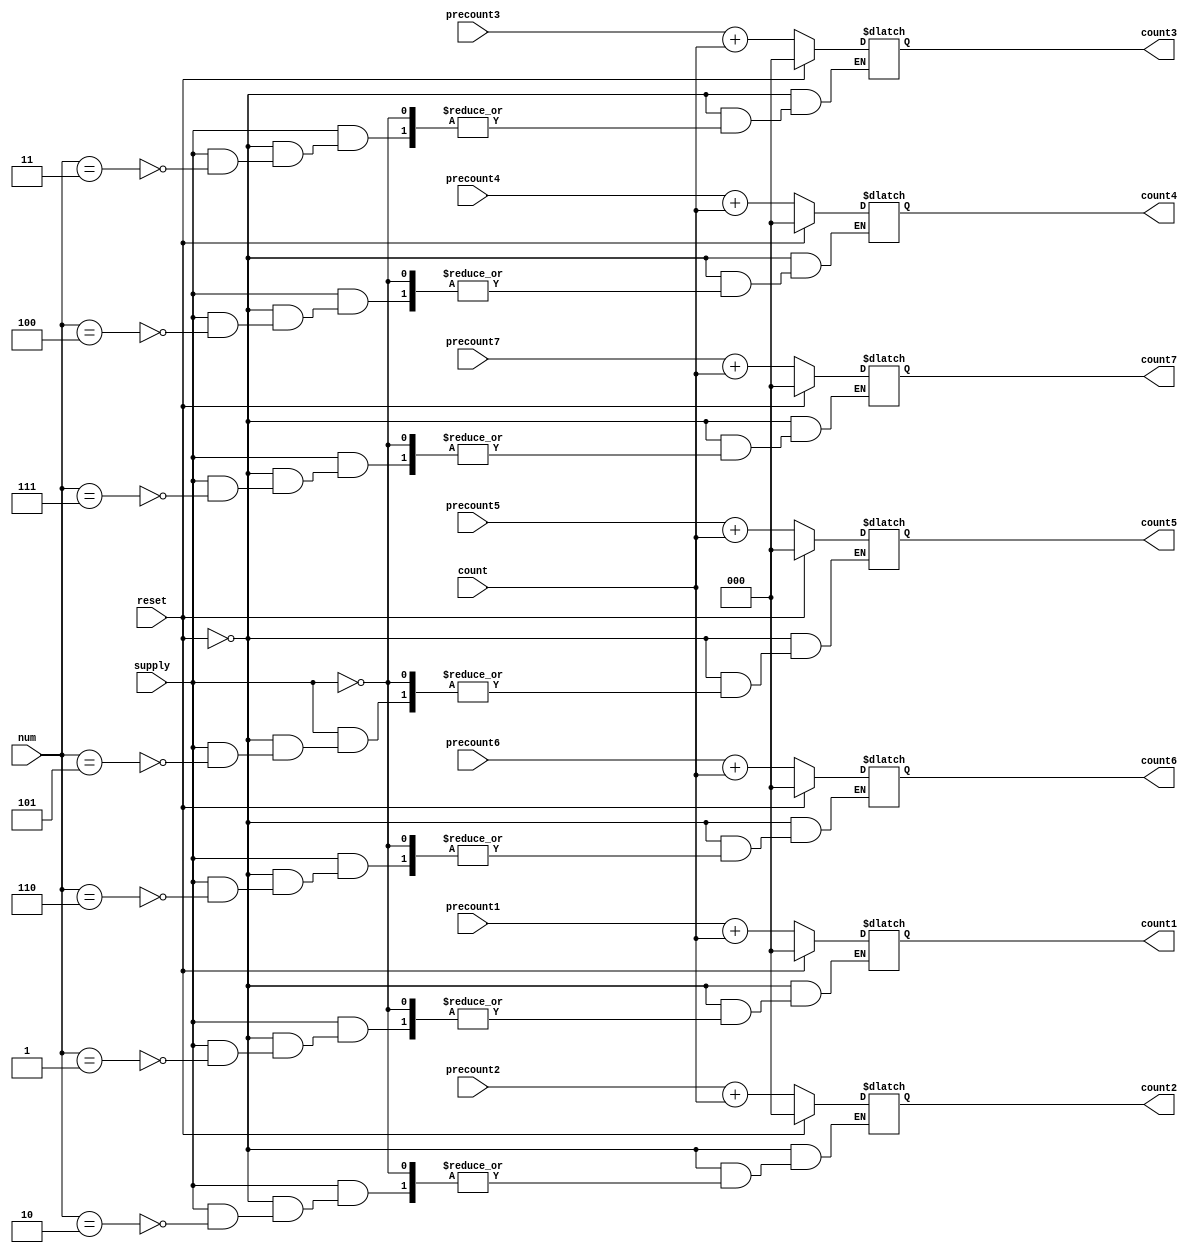
`timescale 1ns / 1ps
//////////////////////////////////////////////////////////////////////////////////
// Company: 
// Engineer: 
// 
// Design Name: 
// Module Name: manager2
// Project Name: 
// Target Devices: 
// Tool Versions: 
// Description: 
// 
// Dependencies: 
// 
// Revision:
// Revision 0.01 - File Created
// Additional Comments:
// 
//////////////////////////////////////////////////////////////////////////////////


module manager2(
    input supply,// 
    input reset,//
    input [2:0] num,//
    input [2:0] count,//
    input [2:0] precount1,precount2,precount3,precount4,precount5,precount6,precount7,//
    output reg [2:0] count1,count2,count3,count4,count5,count6,count7//
    );
    always @*
        if(reset)
        begin
            count1=3'b000;
            count2=3'b000;
            count3=3'b000;
            count4=3'b000;
            count5=3'b000;
            count6=3'b000;
            count7=3'b000;
        end// 
        else
        begin
            if(supply)
                case(num)
                3'b001: count1=precount1+count;
                3'b010: count2=precount2+count;
                3'b011: count3=precount3+count;
                3'b100: count4=precount4+count;
                3'b101: count5=precount5+count;
                3'b110: count6=precount6+count;
                3'b111: count7=precount7+count;
                endcase
          end
endmodule